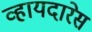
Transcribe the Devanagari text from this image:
व्हायदारेस